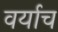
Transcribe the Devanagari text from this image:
वर्याच